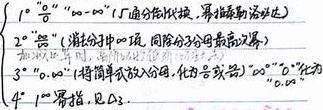
1° “\(0\cdot\infty\)”型（可通分代换，幂指函数求法）

2° “\(\frac{\infty}{\infty}\)”型（消分子中\(\infty\)项，同除分子分母最高次幂）

加减法运算时，遵循优先级原则，化为各段“\(0\)”“\(\infty\)”型

3° “\(0\cdot\infty\)”型指将自身放入分母，化为含“\(\frac{0}{0}\)”或“\(\frac{\infty}{\infty}\)”型。

\(1 - \infty\)幂指，见后。